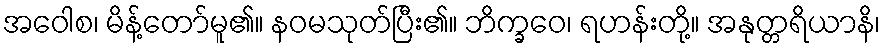
အဝေါစ၊ မိန့်တော်မူ၏။ နဝမသုတ်ပြီး၏။ ဘိက္ခဝေ၊ ရဟန်းတို့။ အနုတ္တရိယာနိ၊